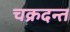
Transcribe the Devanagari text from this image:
चक्रदन्त